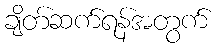
ချိတ်ဆက်ရန်အတွက်